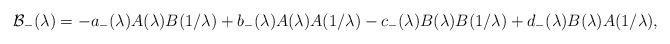
LaTeX: \begin{align*}\mathcal{B}_{-}(\lambda )=-a_{-}(\lambda )A(\lambda )B(1/\lambda)+b_{-}(\lambda )A(\lambda )A(1/\lambda )-c_{-}(\lambda )B(\lambda)B(1/\lambda )+d_{-}(\lambda )B(\lambda )A(1/\lambda ),\end{align*}